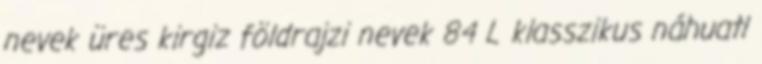
nevek‎ üres kirgiz földrajzi nevek‎ 84 L klasszikus náhuatl